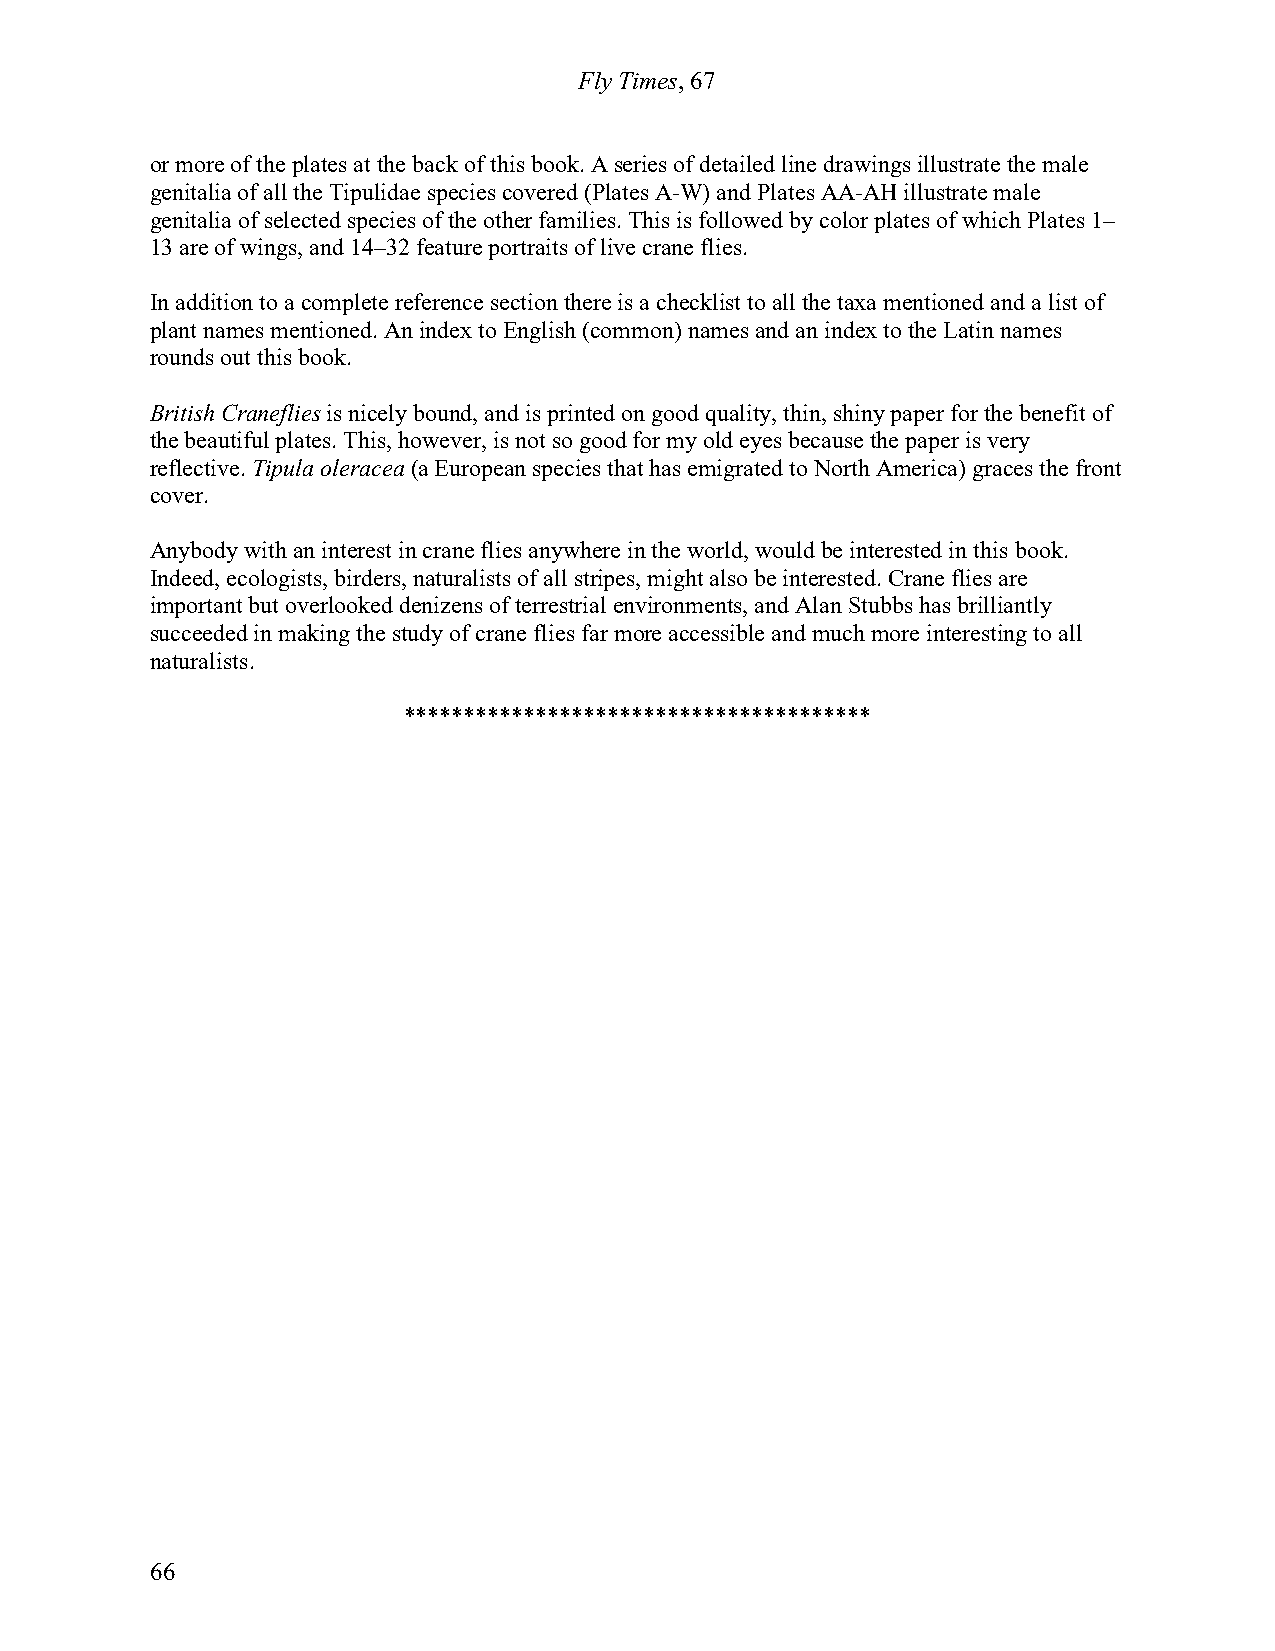
Fly Times, 67
 or more of the plates at the back of this book. A series of detailed line drawings illustrate the male
 genitalia of all the Tipulidae species covered (Plates A-W) and Plates AA-AH illustrate male
 genitalia of selected species of the other families. This is followed by color plates of which Plates 1–
 13 are of wings, and 14–32 feature portraits of live crane flies.
 In addition to a complete reference section there is a checklist to all the taxa mentioned and a list of
 plant names mentioned. An index to English (common) names and an index to the Latin names
 rounds out this book.
 British Craneflies is nicely bound, and is printed on good quality, thin, shiny paper for the benefit of
 the beautiful plates. This, however, is not so good for my old eyes because the paper is very
 reflective. Tipula oleracea (a European species that has emigrated to North America) graces the front
 cover.
 Anybody with an interest in crane flies anywhere in the world, would be interested in this book.
 Indeed, ecologists, birders, naturalists of all stripes, might also be interested. Crane flies are
 important but overlooked denizens of terrestrial environments, and Alan Stubbs has brilliantly
 succeeded in making the study of crane flies far more accessible and much more interesting to all
 naturalists.
 ***************************************
 66